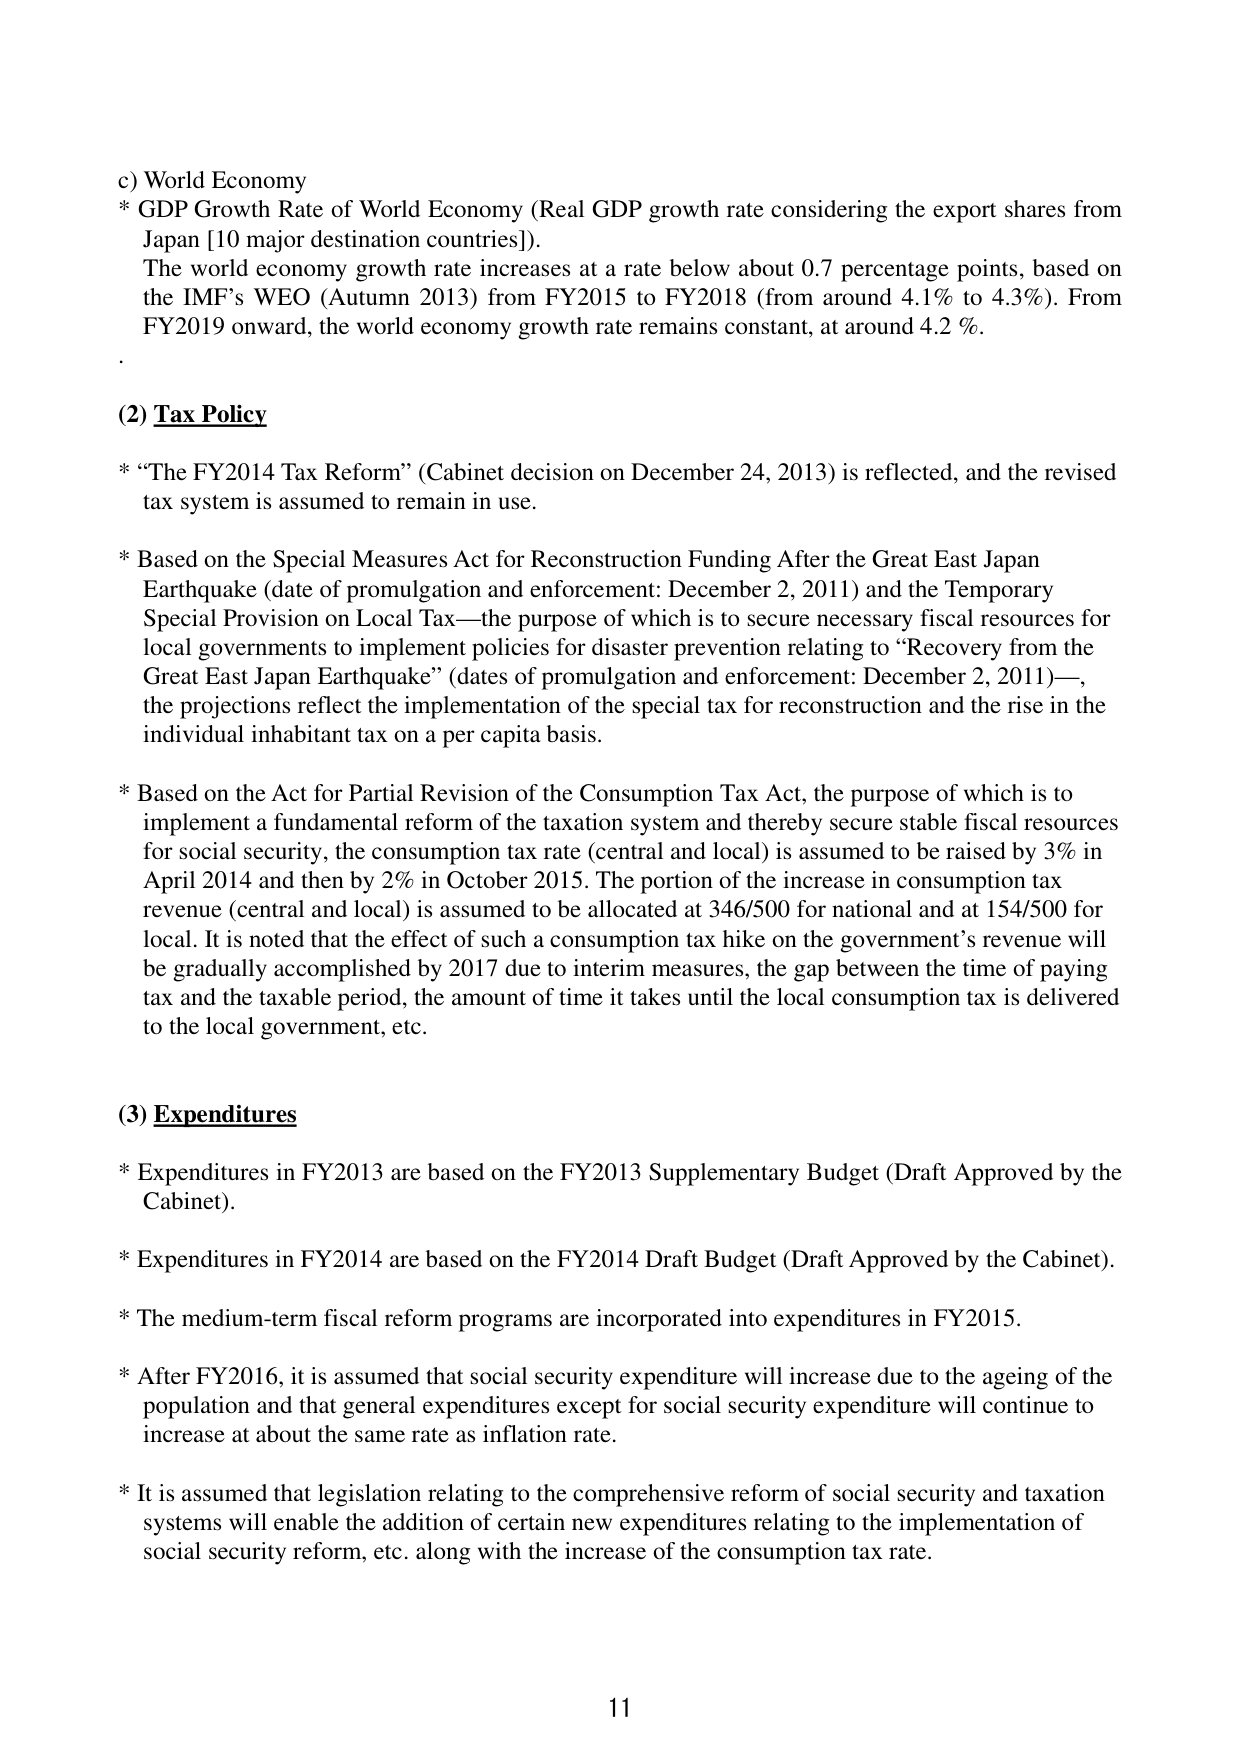
c) World Economy
* GDP Growth Rate of World Economy (Real GDP growth rate considering the export shares from Japan [10 major destination countries]).
The world economy growth rate increases at a rate below about 0.7 percentage points, based on the IMF’s WEO (Autumn 2013) from FY2015 to FY2018 (from around 4.1% to 4.3%). From FY2019 onward, the world economy growth rate remains constant, at around 4.2 %.

(2) Tax Policy
* “The FY2014 Tax Reform” (Cabinet decision on December 24, 2013) is reflected, and the revised tax system is assumed to remain in use.
* Based on the Special Measures Act for Reconstruction Funding After the Great East Japan Earthquake (date of promulgation and enforcement: December 2, 2011) and the Temporary Special Provision on Local Tax—the purpose of which is to secure necessary fiscal resources for local governments to implement policies for disaster prevention relating to “Recovery from the Great East Japan Earthquake” (dates of promulgation and enforcement: December 2, 2011)—, the projections reflect the implementation of the special tax for reconstruction and the rise in the individual inhabitant tax on a per capita basis.
* Based on the Act for Partial Revision of the Consumption Tax Act, the purpose of which is to implement a fundamental reform of the taxation system and thereby secure stable fiscal resources for social security, the consumption tax rate (central and local) is assumed to be raised by 3% in April 2014 and then by 2% in October 2015. The portion of the increase in consumption tax revenue (central and local) is assumed to be allocated at 346/500 for national and at 154/500 for local. It is noted that the effect of such a consumption tax hike on the government’s revenue will be gradually accomplished by 2017 due to interim measures, the gap between the time of paying tax and the taxable period, the amount of time it takes until the local consumption tax is delivered to the local government, etc.

(3) Expenditures
* Expenditures in FY2013 are based on the FY2013 Supplementary Budget (Draft Approved by the Cabinet).
* Expenditures in FY2014 are based on the FY2014 Draft Budget (Draft Approved by the Cabinet).
* The medium-term fiscal reform programs are incorporated into expenditures in FY2015.
* After FY2016, it is assumed that social security expenditure will increase due to the ageing of the population and that general expenditures except for social security expenditure will continue to increase at about the same rate as inflation rate.
* It is assumed that legislation relating to the comprehensive reform of social security and taxation systems will enable the addition of certain new expenditures relating to the implementation of social security reform, etc. along with the increase of the consumption tax rate.

11